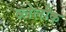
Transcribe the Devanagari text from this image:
ब्लेलौक